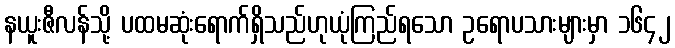
နယူးဇီလန်သို့ ပထမဆုံးရောက်ရှိသည်ဟုယုံကြည်ရသော ဥရောပသားများမှာ ၁၆၄၂